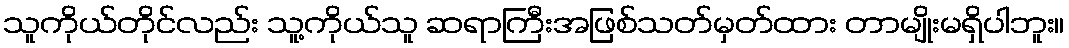
သူကိုယ်တိုင်လည်း သူ့ကိုယ်သူ ဆရာကြီးအဖြစ်သတ်မှတ်ထား တာမျိုးမရှိပါဘူး။